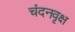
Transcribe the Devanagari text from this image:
चंदनवृक्ष